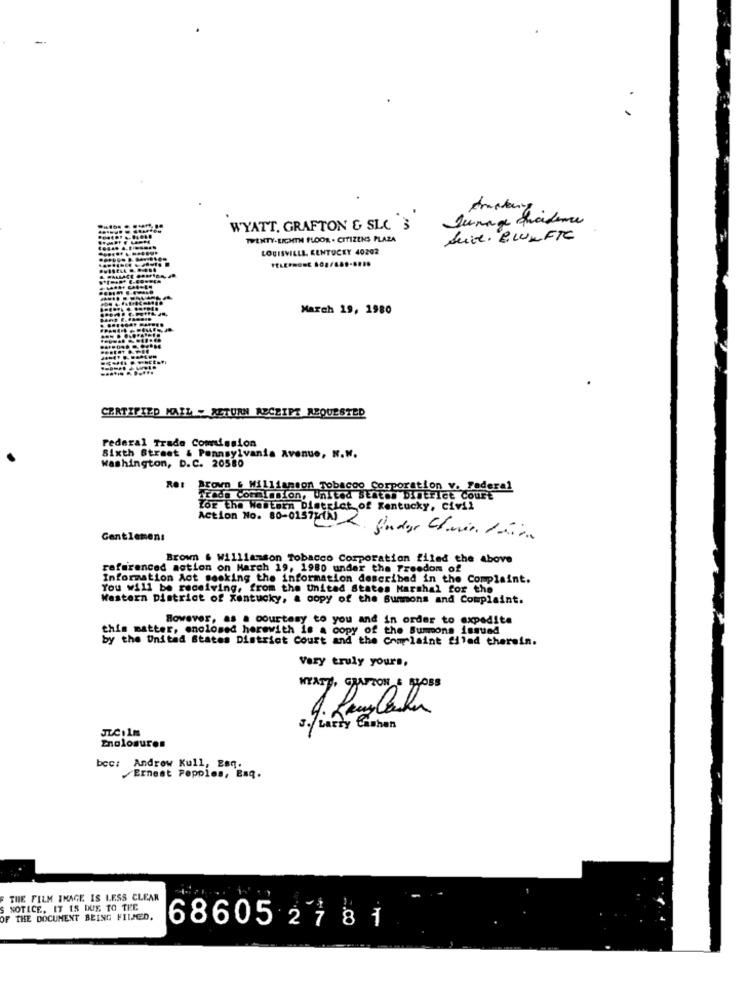
Junage Sicidence
WYATT. GRAFTON & SLC 3
TWENTY-LICHTH FLOOR . CITIZENS PLAZA
Suite . &WULFTC
LOUISVILLE, KENTUCKY 40292
March 19, 1980
CERTIFIED MAIL - RETURN RECEIPT REQUESTED
Federal Trade Commission
Washington, D.C. 20580
Sixth Street & Pennsylvania Avenue, N.W.
ROI
Brown . Williamson Tobacoo Corporation v. Federal
Trade Commission, United States District Court
Zor the Western District of Kentucky, civil
Action No. 80-0157 (N)
Gentlemens
fundos Chair. 1 hora
Brown & Williamson Tobacco Corporation filed the above
referenced motion on March 19, 1980 under the Freedom of
Information Act seeking the information described in the Complaint.
You will be receiving, from the united States Marshal for the
Western District of Kentucky, a copy of the Summons and Complaint.
However, as a courtesy to you and in order to expedite
this matter, enclosed herewith is a copy of the Summona Larued
by the United States District Court and the Complaint filed therein.
Very truly yours,
MEAT, GRATTON & Ross
3. fintty Cashon
Enclosures
bcc: Andrew Kull, Esq.
Ernest Popplos, Esq.
F THE FILM IMAGE IS LESS CLEAR
NOTICE. IT IS DUE TO THE
OF THE DOCUMENT BEING FILMED.
68605 27 8 1